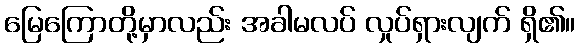
မြေကြောတို့မှာလည်း အခါမလပ် လှုပ်ရှားလျက် ရှိ၏။